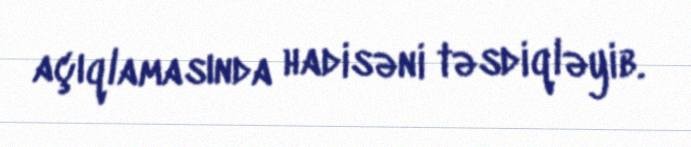
açıqlamasında hadisəni təsdiqləyib.